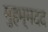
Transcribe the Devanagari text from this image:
मुहम्मदद